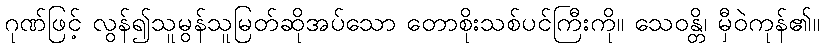
ဂုဏ်ဖြင့် လွန်၍သူမွန်သူမြတ်ဆိုအပ်သော တောစိုးသစ်ပင်ကြီးကို။ သေဝန္တိ၊ မှီဝဲကုန်၏။